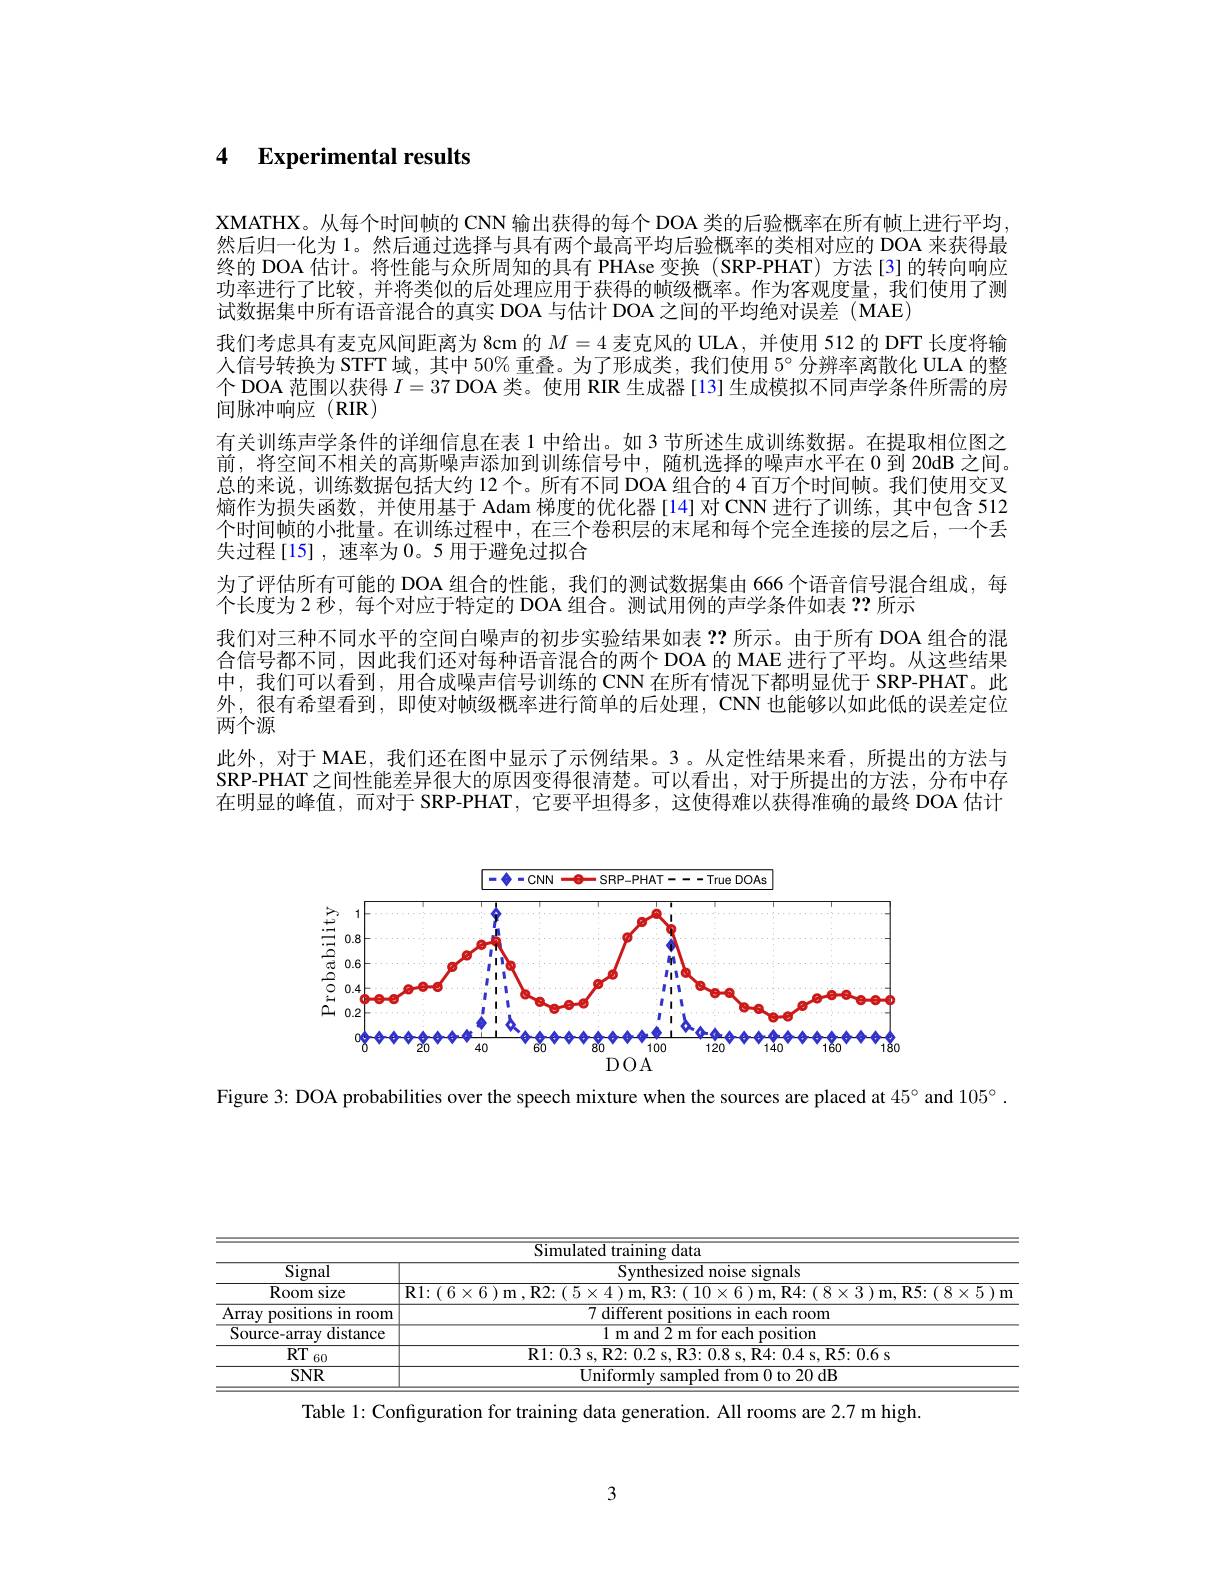
# 4 Experimental results

XMATHX。从每个时间帧的 CNN 输出获得的每个 DOA 类的后验概率在所有帧上进行平均， 然后归一化为 1。然后通过选择与具有两个最高平均后验概率的类相对应的 DOA 来获得最终的 DOA 估计。将性能与众所周知的具有 PHAse 变换(SRP-PHAT)方法[3]的转向响应功率进行了比较，并将类似的后处理应用于获得的帧级概率。作为客观度量，我们使用了测试数据集中所有语音混合的真实 DOA 与估计 DOA 之间的平均绝对误差 (MAE)
我们考虑具有麦克风间距离为 8cm 的$M=4$麦克风的 ULA, 并使用 512 的 DFT 长度将输人信号转换为 STFT 域，其中 50% 重叠。为了形成类，我们使用 5° 分辨率离散化 ULA 的整个 DOA 范围以获得$I=37$ DOA 类。使用 RIR 生成器 [13] 生成模拟不同声学条件所需的房间脉冲响应(RIR)
有关训练声学条件的详细信息在表 1 中给出。如 3 节所述生成训练数据。在提取相位图之前，将空间不相关的高斯噪声添加到训练信号中，随机选择的噪声水平在 0 到 20dB 之间。总的来说，训练数据包括大约 12 个。所有不同 DOA 组合的 4 百万个时间帧。我们使用交叉熵作为损失函数，并使用基于 Adam 梯度的优化器[14]对 CNN 进行了训练，其中包含 512个时间帧的小批量。在训练过程中，在三个卷积层的末尾和每个完全连接的层之后，一个丢失过程[15],速率为0。5 用于避免过拟合
为了评估所有可能的 DOA 组合的性能，我们的测试数据集由 666 个语音信号混合组成，每
个长度为2 秒，每个对应于特定的 DOA 组合。测试用例的声学条件如表？?所示
我们对三种不同水平的空间白噪声的初步实验结果如表？?所示。由于所有 DOA 组合的混合信号都不同，因此我们还对每种语音混合的两个 DOA 的 MAE 进行了平均。从这些结果中，我们可以看到，用合成噪声信号训练的 CNN 在所有情况下都明显优于 SRP-PHAT。此外，很有希望看到，即使对帧级概率进行简单的后处理，CNN 也能够以如此低的误差定位两个源
此外，对于 MAE, 我们还在图中显示了示例结果。3。从定性结果来看，所提出的方法与SRP-PHAT 之间性能差异很大的原因变得很清楚。可以看出，对于所提出的方法，分布中存在明显的峰值，而对于 SRP-PHAT,它要平坦得多，这使得难以获得准确的最终 DOA 估计

<FigureHere>

Figure 3: DOA probabilities over the speech mixture when the sources are placed at $45^{\circ}$ and $105^{\circ}.$

<table>
	<tbody>
		<tr>
			<td> </td>
			<td>Simulated training data</td>
		</tr>
		<tr>
			<td>$\overline{\mathrm{Signal}}$</td>
			<td>Synthesized noise signals</td>
		</tr>
		<tr>
			<td>Room size</td>
			<td>$\left\{1\right\}$ T</td>
		</tr>
		<tr>
			<td>Array positions in room</td>
			<td>$\overline{7\text{ different positions in each room}}$</td>
		</tr>
		<tr>
			<td>Source-array distance</td>
			<td>$1{\text{ m and 2 m for each position}}$</td>
		</tr>
		<tr>
			<td>$RT$ 60</td>
			<td>$\mathbf{R1:0.3~s,R2:0.2~s,~R3:~0.8~s,~R4:~0.4~s,~R5:~0.6~s}$</td>
		</tr>
		<tr>
			<td>$SNR$</td>
			<td>Uniformly sampled from 0 to 20 dB</td>
		</tr>
	</tbody>
</table>

Table 1: Configuration for training data generation. All rooms are 2.7 m high.

3